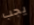
يجب